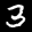
Label: 3